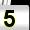
Digit: 5